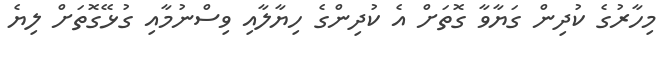
މިހާރުގެ ކުދިން ގަޔާވާ ގޮތަށް އެ ކުދިންގެ ހިޔާލާއި ވިސްނުމާއި ގުޅޭގޮތަށް ލިޔެ